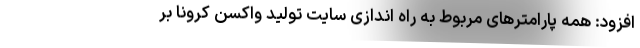
افزود: همه پارامترهای مربوط به راه اندازی سایت تولید واکسن کرونا بر